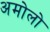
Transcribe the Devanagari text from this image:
अमोलो